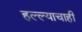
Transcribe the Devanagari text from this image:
हल्ल्याचाही